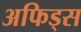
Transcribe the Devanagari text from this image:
अफिड्स